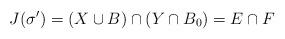
LaTeX: \begin{align*} J( \sigma ' ) = (X \cup B) \cap (Y \cap B_0) = E \cap F \end{align*}